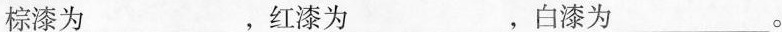
棕漆为___，红漆为___，白漆为___。